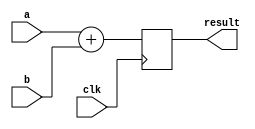
`timescale 1ns / 1ps
//////////////////////////////////////////////////////////////////////////////////
// Company: 
// Engineer: 
// 
// Design Name: 
// Module Name: adder
// Project Name: 
// Target Devices: 
// Tool Versions: 
// Description: 
// 
// Dependencies: 
// 
// Revision:
// Revision 0.01 - File Created
// Additional Comments:
// 
//////////////////////////////////////////////////////////////////////////////////


module adder( 
  input clk,
  input wire [23:0] a,
  input wire [23:0] b,
  output reg [23:0] result
);
always @(posedge clk) begin
    result <= a + b;
end
endmodule